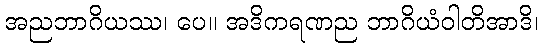
အညဘာဂိယဿ၊ ပေ။ အဒိကရဏည ဘာဂိယံဝါတိအာဒိ၊